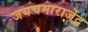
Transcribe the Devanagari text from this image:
जयचमाराजेंद्र